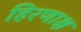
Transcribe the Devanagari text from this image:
हिरणाक्ष